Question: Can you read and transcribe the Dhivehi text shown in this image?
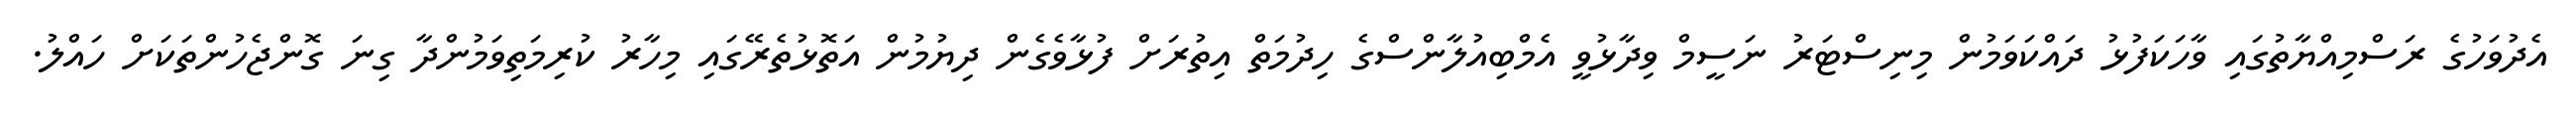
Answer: އެދުވަހުގެ ރަސްމިއްޔާތުގައި ވާހަކަފުޅު ދައްކަވަމުން މިނިސްޓަރު ނަސީމް ވިދާޅުވީ އެމްބިއުލާންސްގެ ހިދުމަތް އިތުރަށް ފުޅާވެގެން ދިޔުމުން އަތޮޅުތެރޭގައި މިހާރު ކުރިމަތިވަމުންދާ ގިނަ ގޮންޖެހުންތަކަށް ހައްލު.